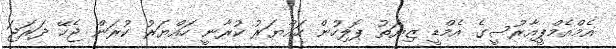
އެމްއެމްޕީއާރުސީގެ އެމްޑީ ޒިޔަތު ޕޮލިހުން ހައްޔަރު ކުރާނީ ހައްޔަރު ކުރަން ޖެހޭ ދަރަޖަ